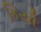
કિયૌ